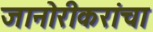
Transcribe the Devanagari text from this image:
जानोरीकरांचा